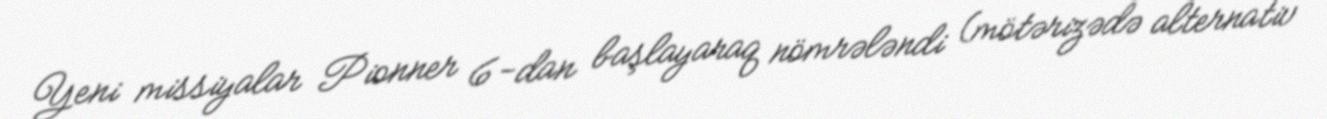
Yeni missiyalar Pionner 6-dan başlayaraq nömrələndi (mötərizədə alternativ